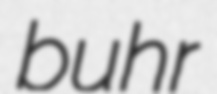
buhr